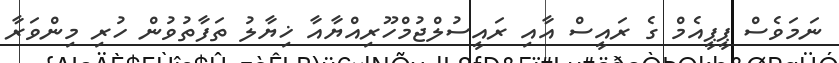
ނަމަވެސް ޕީޕީއެމް ގެ ރައީސް އާއި ރައީސުލްޖުމްހޫރިއްޔާއާ ޚިޔާލު ތަފާތުވުން ހުރި މިންވަރާ